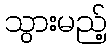
သွားမည့်